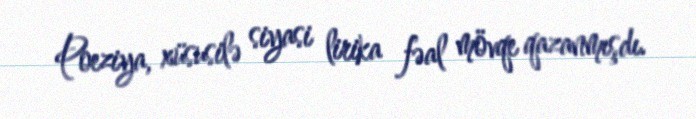
Poeziya, xüsusilə siyasi lirika fəal mövqe qazanmışdı.